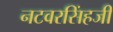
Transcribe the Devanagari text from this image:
नटवरसिंहजी